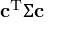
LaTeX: \mathbf { c } ^ { \mathrm { { T } } } \Sigma \mathbf { c }